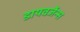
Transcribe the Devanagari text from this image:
डायवर्जेन्स